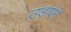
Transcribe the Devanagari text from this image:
उड़ाएंगे